Medical and sanitary report of the native army of Madras for the year
Year: 1878
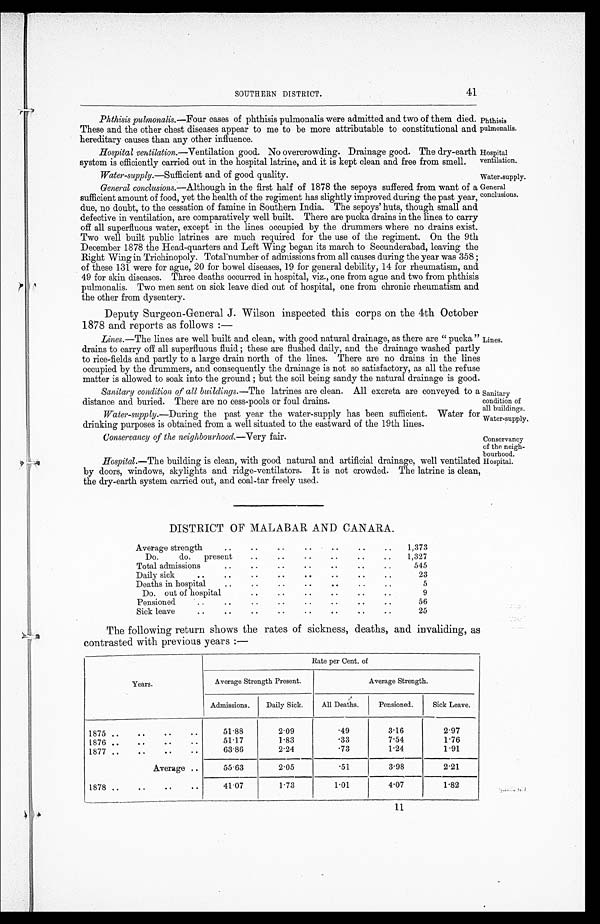
SOUTHERN DISTRICT.
41
Phthisis pulmonalis.—Four cases of phthisis pulmonalis were admitted and two of them died.
These and the other chest diseases appear to me to be more attributable to constitutional and
hereditary causes than any other influence.
Hospital ventilation.—Ventilation good. No overcrowding. Drainage good. The dry-earth
system is efficiently carried out in the hospital latrine, and it is kept clean and free from smell.
Water-supply.—Sufficient and of good quality.
General conclusions .—Although in the first half of 1878 the sepoys suffered from want of a
sufficient amount of food, yet the health of the regiment has slightly improved during the past year,
due, no doubt, to the cessation of famine in Southern India. The sepoys' huts, though small and
defective in ventilation, are comparatively well built. There are pucka drains in the lines to carry
off all superfluous water, except in the lines occupied by the drummers where no drains exist.
Two well built public latrines are much required for the use of the regiment. On the 9th
December 1878 the Head-quarters and Left Wing began its march to Secunderabad, leaving the
Right Wing in Trichinopoly. Total number of admissions from all causes during the year was 358 ;
of these 131 were for ague, 20 for bowel diseases, 19 for general debility, 14 for rheumatism, and
49 for skin diseases. Three deaths occurred in hospital, viz., one from ague and two from phthisis
pulmonalis. Two men sent on sick leave died out of hospital, one from chronic rheumatism and
the other from dysentery.
Deputy Surgeon-General J. Wilson inspected this corps on the 4th October
1878 and reports as follows
: —
Lines .—The lines are well built and clean, with good natural drainage, as there are " pucka "
drains to carry off all superfluous fluid ; these are flushed daily, and the drainage washed part1y
to rice-fields and partly to a large drain north of the lines. There are no drains in the line
occupied by the drummers, and consequently the drainage is not so satisfactory, as all the refuse
matter is allowed to soak into the ground ; but the soil being sandy the natural drainage is good.
Sanitary condition of all buildings .—The latrines are clean. All excreta are conveyed to
distance and buried. There are no cess-pools or foul drains.
Water-supply .—During the past year the water-supply has been sufficient. Water for
drinking purposes is obtained from a well situated to the eastward of the 19th lines.
Conservancy of the neighbourhood .—Very fair.
Hospital .—The building is clean, with good natural and artificial drainage, well ventilated
by doors, windows, skylights and ridge-ventilators. It is not crowded. The latrine is clean,
the dry-earth system carried out, and coal-tar freely used.
Phthisis
pulmonalis.
Hospital
ventilation.
Water-supply.
General
conclusions.
Lines.
Sanitary
condition of
all buildings.
Water-supply
Conservancy
of the neigh-
bourhood.
Hospital.
DISTRICT OF MALABAR AND CANARA.
Average strength
..
. .
. .
. .
. .
..
..
1,373
Do.
do. present
..
. .
..
. .
. .
..
1,327
Total admissions
..
..
. .
. .
. .
. .
..
545
Daily sick
..
..
. .
. .
. .
. .
..
. .
23
Deaths in hospital
..
. .
. .
. .
..
..
. .5
Do. out of hospital
..
..
..
..
..
..
9
Pensioned
. . . .
..
. .
. .
. .
. .
..
56
Sick leave
..
..
. .
. .
. .
. .
. .
. .
25
The following return shows the rates of sickness, deaths, and invaliding, as
contrasted with previous years :—
Years.
Rate per Cent. of
Average Strength Present.
Average Strength.
Admissions.
Daily Sick.
All Deaths.
Pensioned.
Sick Leave.
1875 ..
. .
. .
..
51.88
2.09
.49
3.16
2.97
1876 ..
. .
. .
. .
51.17
1.83
.33
7.54
1.76
1877 ..
..
. .
. .
63.86
2.24
.73
1.24
1.91
Average
. .
55.63
2.05
.51
3.98
2.21
1878 ..
..
..
. .
41.07
1.73
1.01
4.07
1.82
11